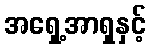
အရှေ့အာရှနှင့်